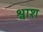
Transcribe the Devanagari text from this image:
श्वाश